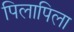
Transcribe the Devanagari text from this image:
पिलापिला